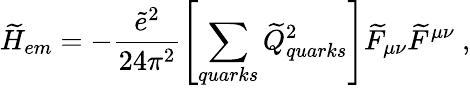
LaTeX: \widetilde{H}_{em}=-\frac{\widetilde{e}^{2}}{24\pi^{2}}\left[\sum_{quarks}\widetilde{Q}_{quarks}^{2}\right]\widetilde{F}_{\mu\nu}\widetilde{F}^{\mu\nu}\ ,